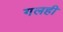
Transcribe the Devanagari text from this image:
गलही